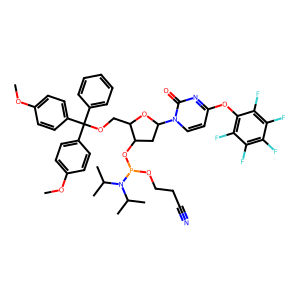
SMILES: COc1ccc(C(OCC2OC(n3ccc(Oc4c(F)c(F)c(F)c(F)c4F)nc3=O)CC2OP(OCCC#N)N(C(C)C)C(C)C)(c2ccccc2)c2ccc(OC)cc2)cc1
Inhibits HIV replication: No